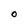
Character: O